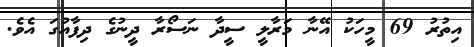
އިތުރު 69 މީހަކު އޭނާ މަރާލީ ސީދާ ނަސޯރާ ދީނުގެ ދިފާއުގަ އެވެ.